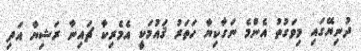
ދުނިޔޭގައި މިވަގުތު އެންމެ ނަގާކިޔާ ހަތަރު ޤައުމަކީ އެމެރިކާ ޗައިނާ ރަޝިޔާ އަދި